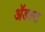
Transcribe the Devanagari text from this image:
ॲडल्ट